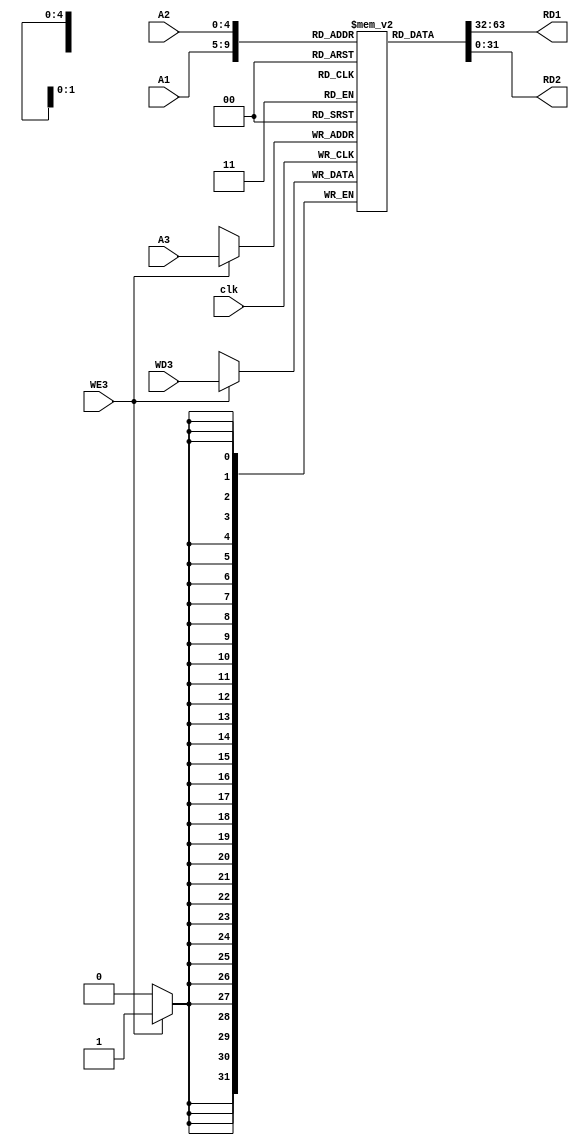
`timescale 1ns / 1ps
//////////////////////////////////////////////////////////////////////////////////
// Company: 
// Engineer: 
// 
// Design Name: 
// Module Name: register_file
// Project Name: 
// Target Devices: 
// Tool Versions: 
// Description: 
// 
// Dependencies: 
// 
// Revision:
// Revision 0.01 - File Created
// Additional Comments:
// 
//////////////////////////////////////////////////////////////////////////////////


module register_file(clk/*,rst*/,WE3,WD3,A1,A2,A3,RD1,RD2);
input clk /*, rst*/ ;
input [4:0]A1,A2,A3;
input [31:0]WD3;
input WE3;
output [31:0]RD1,RD2;
 reg [31:0] regi [31:0] ;


always @ (negedge clk)
    begin
    if(WE3 ) begin
        regi[A3]<=WD3;
        end
        end
        
    assign RD1=/*(rst)?32'd0 :*/ regi[A1];
    assign  RD2=/*(rst)?32'd0 :*/ regi[A2] ;
    
    /*always @(posedge rst)*/
    initial
    begin
       
         regi[0] = 32'h0;
         regi[1] = 32'h1;
         regi[2] = 32'h2;
         regi[3] = 32'h3;
         regi[4] = 32'h4;
         regi[5] = 32'h5;
         regi[6] = 32'h6;
         regi[7] = 32'h7;
         regi[8] = 32'h8;
         regi[9] = 32'h9;
         regi[10] = 32'h10;
         regi[11] = 32'h11;
         regi[12] = 32'h12;
         regi[13] = 32'h13;
         regi[14] = 32'h14;
         regi[15] = 32'h15;
         regi[16] = 32'h16;
         regi[17] = 32'h17;
         regi[18] = 32'h18;
         regi[19] = 32'h19;
         regi[20] = 32'h20;
         regi[21] = 32'h21;
         regi[22] = 32'h22;
         regi[23] = 32'h23;
         regi[24] = 32'h24;
         regi[25] = 32'h25;
		 regi[26] = 32'h26;
         regi[27] = 32'h27;
         regi[28] = 32'h28;
         regi[29] = 32'h29;
         regi[30] = 32'h30;
         regi[31] = 32'h31;

    end
      
    
endmodule